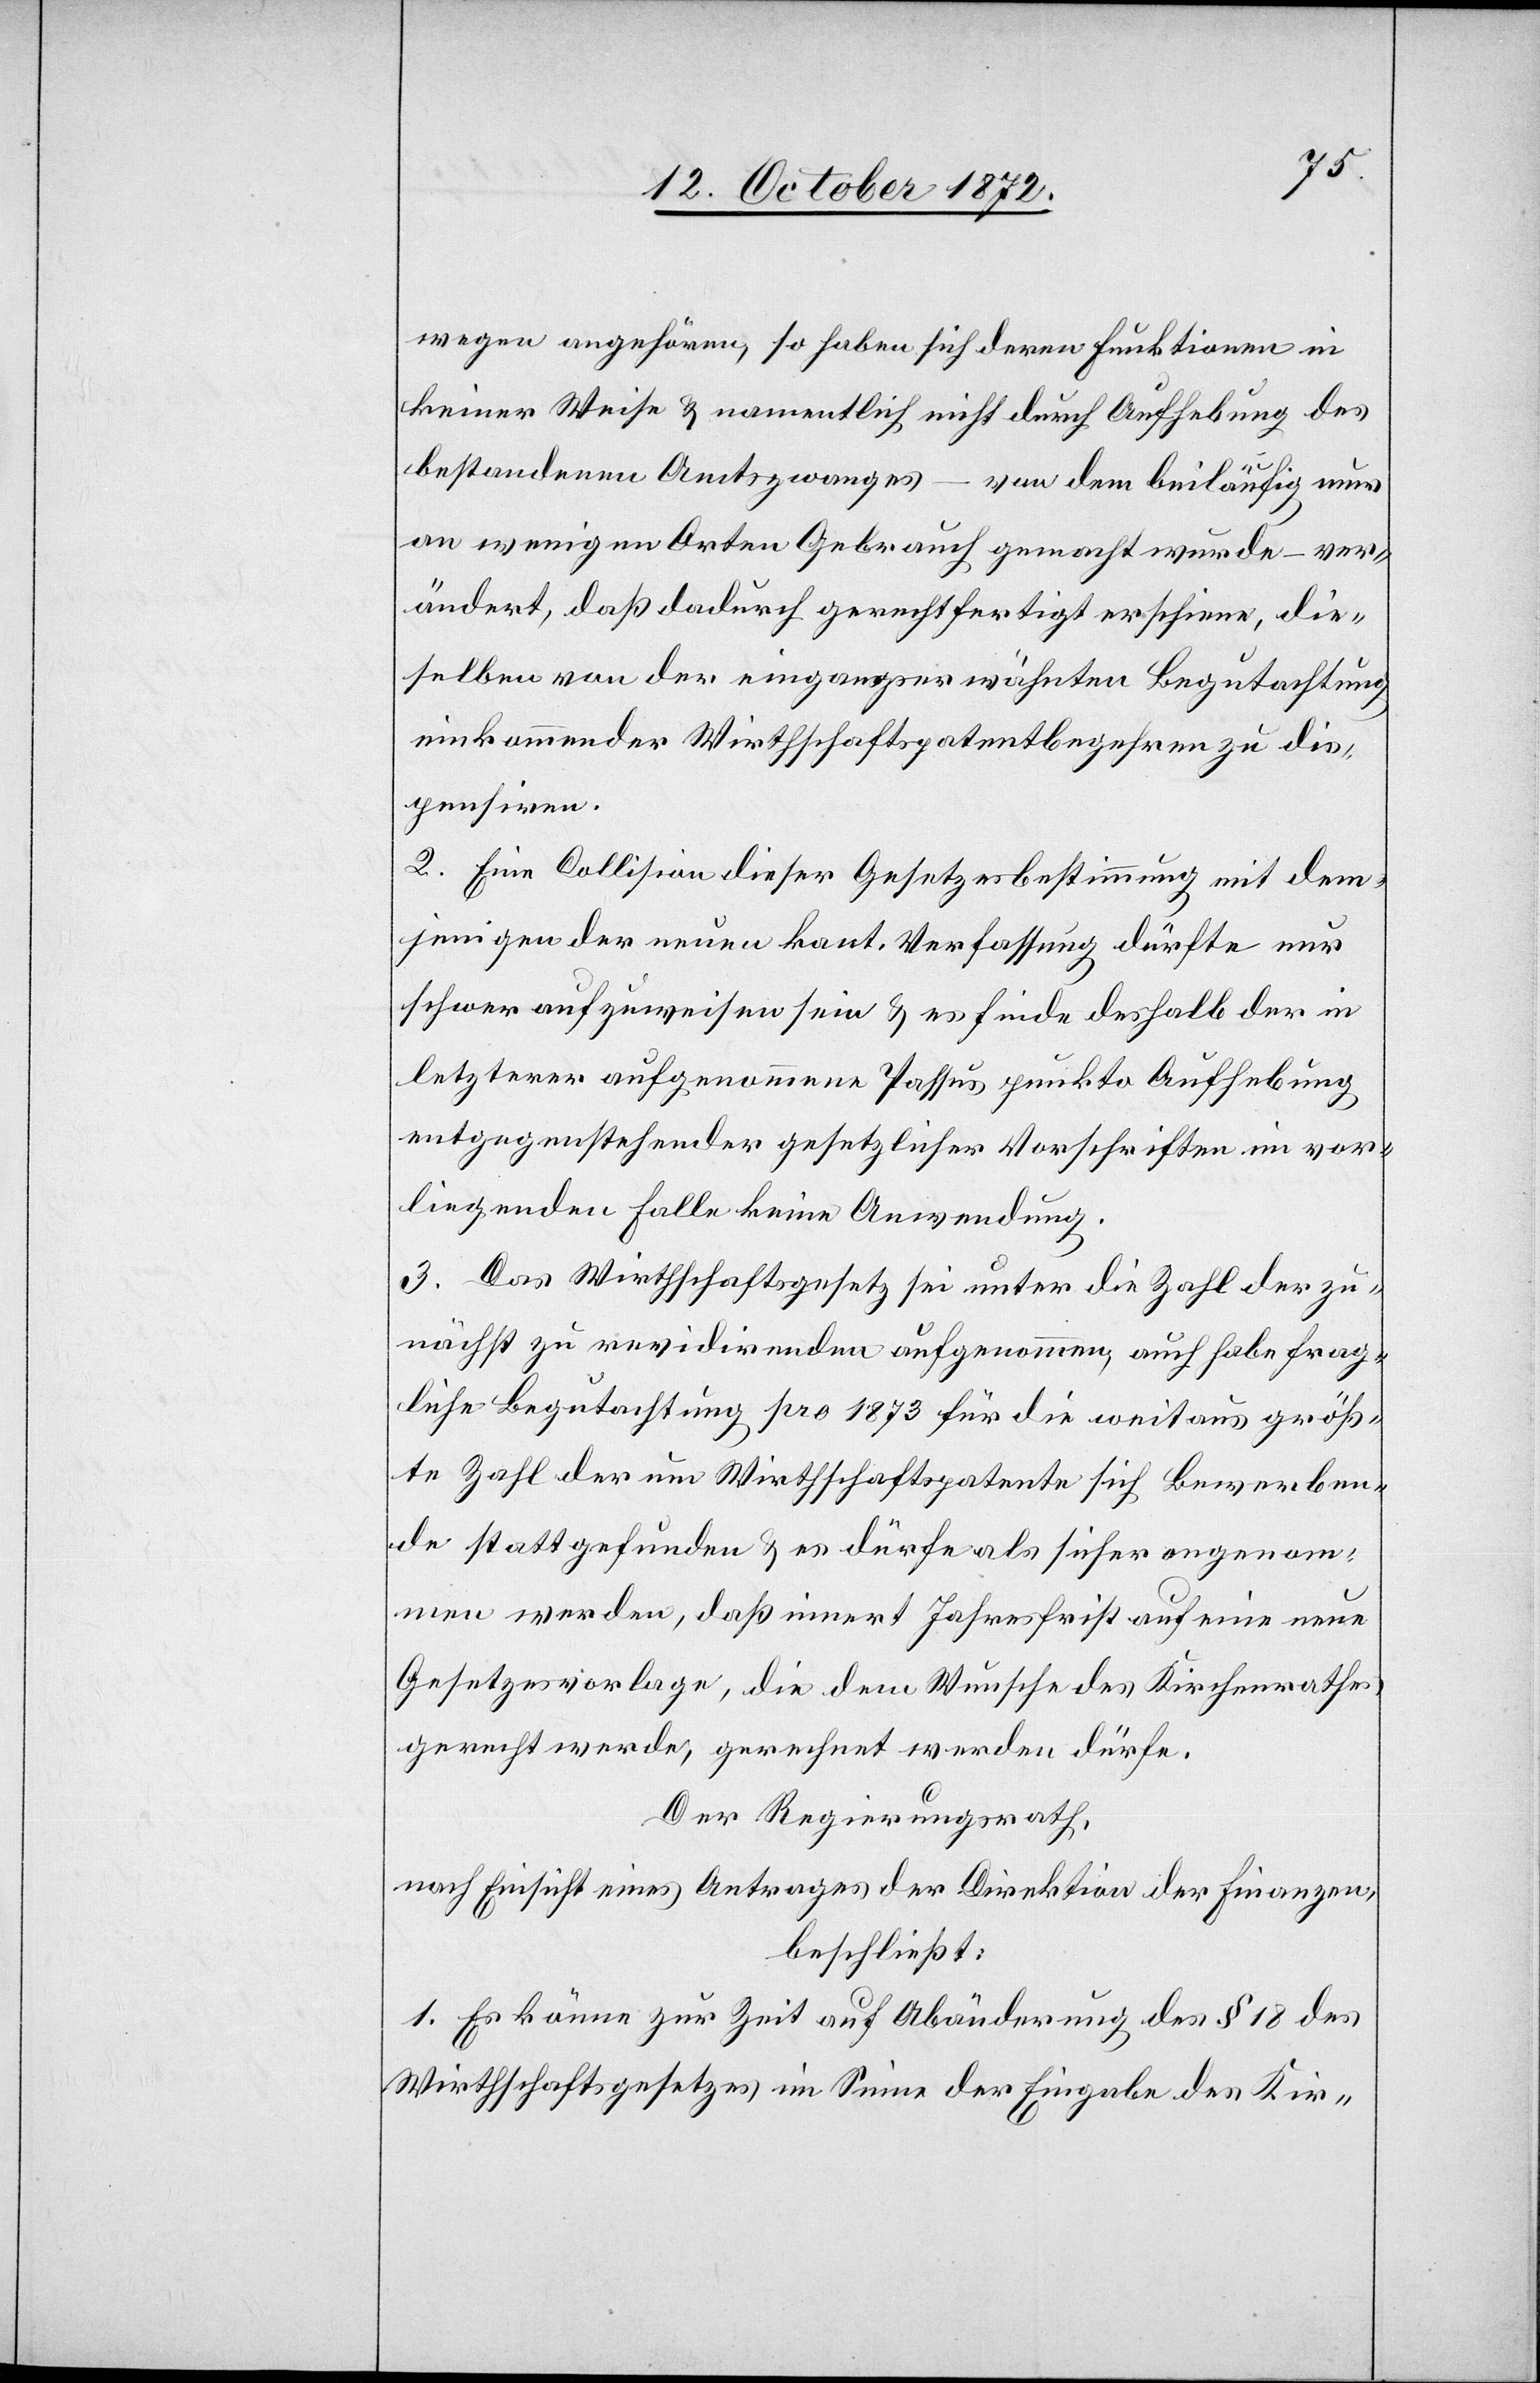
wegen angehören, so haben sich deren Funktionen in
keiner Weise u. namentlich nicht durch Aufhebung des
bestandenen Amtszwanges – von dem beiläufig nur
an wenigen Orten Gebrauch gemacht wurde – ver¬
ändert, daß dadurch gerechtfertigt erschiene, die¬
selben von der eingangserwähnten Begutachtung
einkommender Wirthschaftspatentbegehren zu dis¬
pensiren.
2. Eine Collision dieser Gesetzesbestimmung mit dem¬
jenigen der neuen kant. Verfassung dürfte nur
schwer aufzuweisen sein u. es finde deshalb der in
letzterer aufgenommene Passus punkto Aufhebung
entgegenstehender gesetzlicher Vorschriften im vor¬
liegenden Falle keine Anwendung.
3. Das Wirthschaftsgesetz sei unter die Zahl der zu¬
nächst zu revidirenden aufgenommen, auch habe frag¬
liche Begutachtung pro 1873 für die weitaus größ¬
te Zahl der um Wirthschaftspatente sich Bewerben¬
de stattgefunden u. es dürfe als sicher angenom¬
men werden, daß innert Jahresfrist auf eine neue
Gesetzesvorlage, die dem Wunsche des Kirchenrathes
gerecht werde, gerechnet werden dürfe.
Der Regierungsrath,
nach Einsicht eines Antrages der Direktion der Finanzen,
beschließt:
1. Es könne zur Zeit auf Abänderung des § 18 des
Wirthschaftsgesetzes im Sinne der Eingabe des Kir-